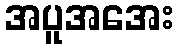
အပူအအေး